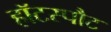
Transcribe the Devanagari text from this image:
हॉटस्‍पौट